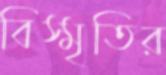
বিস্মৃতির